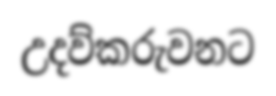
උදව්කරුවනට